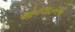
ઓનલાઇનએ